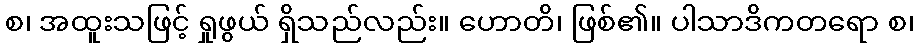
စ၊ အထူးသဖြင့် ရှုဖွယ် ရှိသည်လည်း။ ဟောတိ၊ ဖြစ်၏။ ပါသာဒိကတရော စ၊